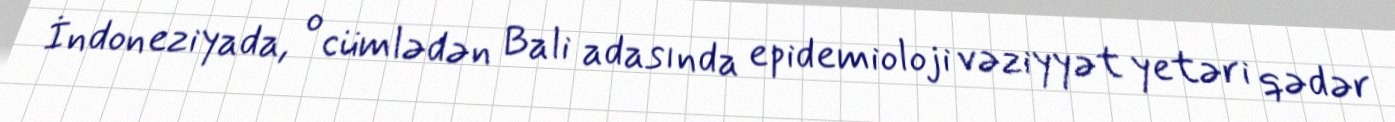
İndoneziyada, o cümlədən Bali adasında epidemioloji vəziyyət yetəri qədər